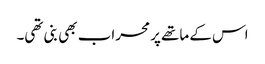
اس کے ماتھے پر محراب بھی بنی تھی۔